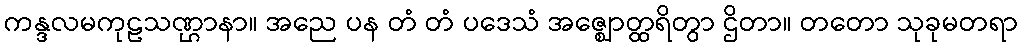
ကန္ဒလမကုဠသဏ္ဌာနာ။ အညေ ပန တံ တံ ပဒေသံ အဇ္ဈောတ္ထရိတွာ ဌိတာ။ တတော သုခုမတရာ